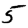
Digit: 5